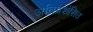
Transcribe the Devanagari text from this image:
अतिप्रशंसित